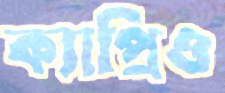
ক্যাপ্রিও